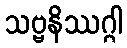
သဗ္ဗနိဿဂ္ဂါ